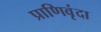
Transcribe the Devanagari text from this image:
प्राणिवृंदा